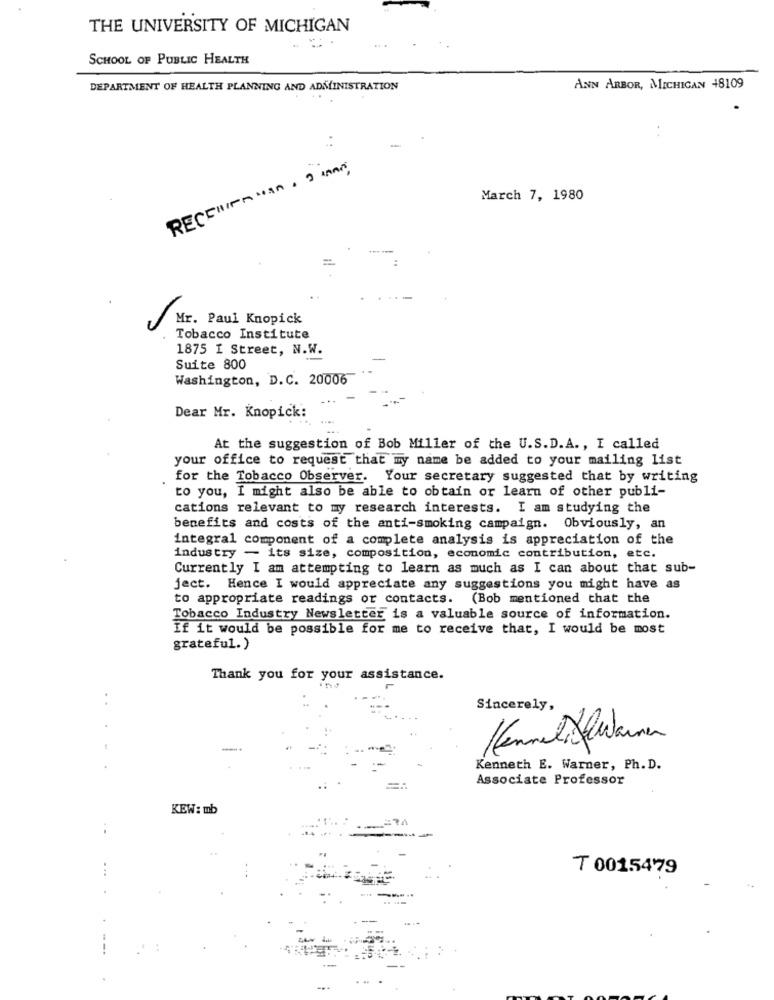
THE UNIVERSITY OF MICHIGAN
SCHOOL OF PUBLIC HEALTH
DEPARTMENT OF HEALTH PLANNING AND ADMINISTRATION
ANN ARBOR, MICHIGAN 48109
..
..
-
March 7, 1980
Mr. Paul Knopick
-
Tobacco Institute
1875 I Street, N.W.
Suite 800
Washington, D.C. 20006
Dear Mr. Knopick:
At the suggestion of Bob Miller of the U.S.D.A ., I called
your office to request that my name be added to your mailing list
for the Tobacco Observer. Your secretary suggested that by writing
to you, I might also be able to obtain or learn of other publi-
cations relevant to my research interests. I am studying the
benefits and costs of the anti-smoking campaign. Obviously, an
integral component of a complete analysis is appreciation of the
industry - its size, composition, economic contribution, etc.
Currently I am attempting to learn as much as I can about that sub-
ject. Hence I would appreciate any suggestions you might have as
to appropriate readings or contacts. (Bob mentioned that the
Tobacco Industry Newsletter is a valuable source of information.
If it would be possible for me to receive that, I would be most
grateful.)
Thank you for your assistance.
..
Sincerely,
Kenneth E. Warner, Ph. D.
Associate Professor
KEW: mb
T 0015479